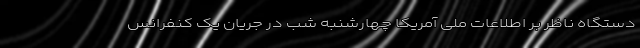
دستگاه ناظر بر اطلاعات ملی آمریکا چهارشنبه شب در جریان یک کنفرانس